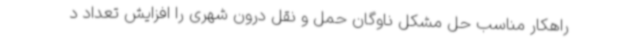
راهکار مناسب حل مشکل ناوگان حمل و نقل درون شهری را افزایش تعداد د